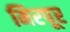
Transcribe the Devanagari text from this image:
मिरपूर